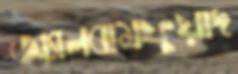
অ্যালবামফুয়াদ